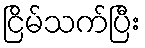
ငြိမ်သက်ပြီး